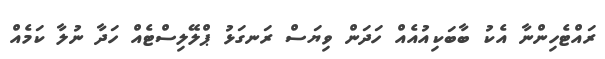
ރައްޓެހިންނާ އެކު ބާބަކިއުއެއް ހަދަން ވިޔަސް ރަނގަޅު ޕްލޭލިސްޓެއް ހަދާ ނުލާ ކަމެއް